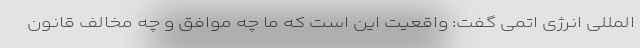
المللی انرژی اتمی گفت: واقعیت این است که ما چه موافق و چه مخالف قانون